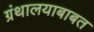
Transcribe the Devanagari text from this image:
ग्रंथालयाबाबत